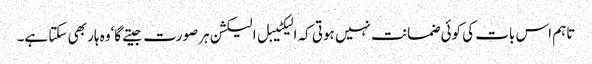
تاہم اس بات کی کوئی ضمانت نہیں ہوتی کہ الیکٹیبل الیکشن ہرصورت جیتے گا‘وہ ہار بھی سکتا ہے۔